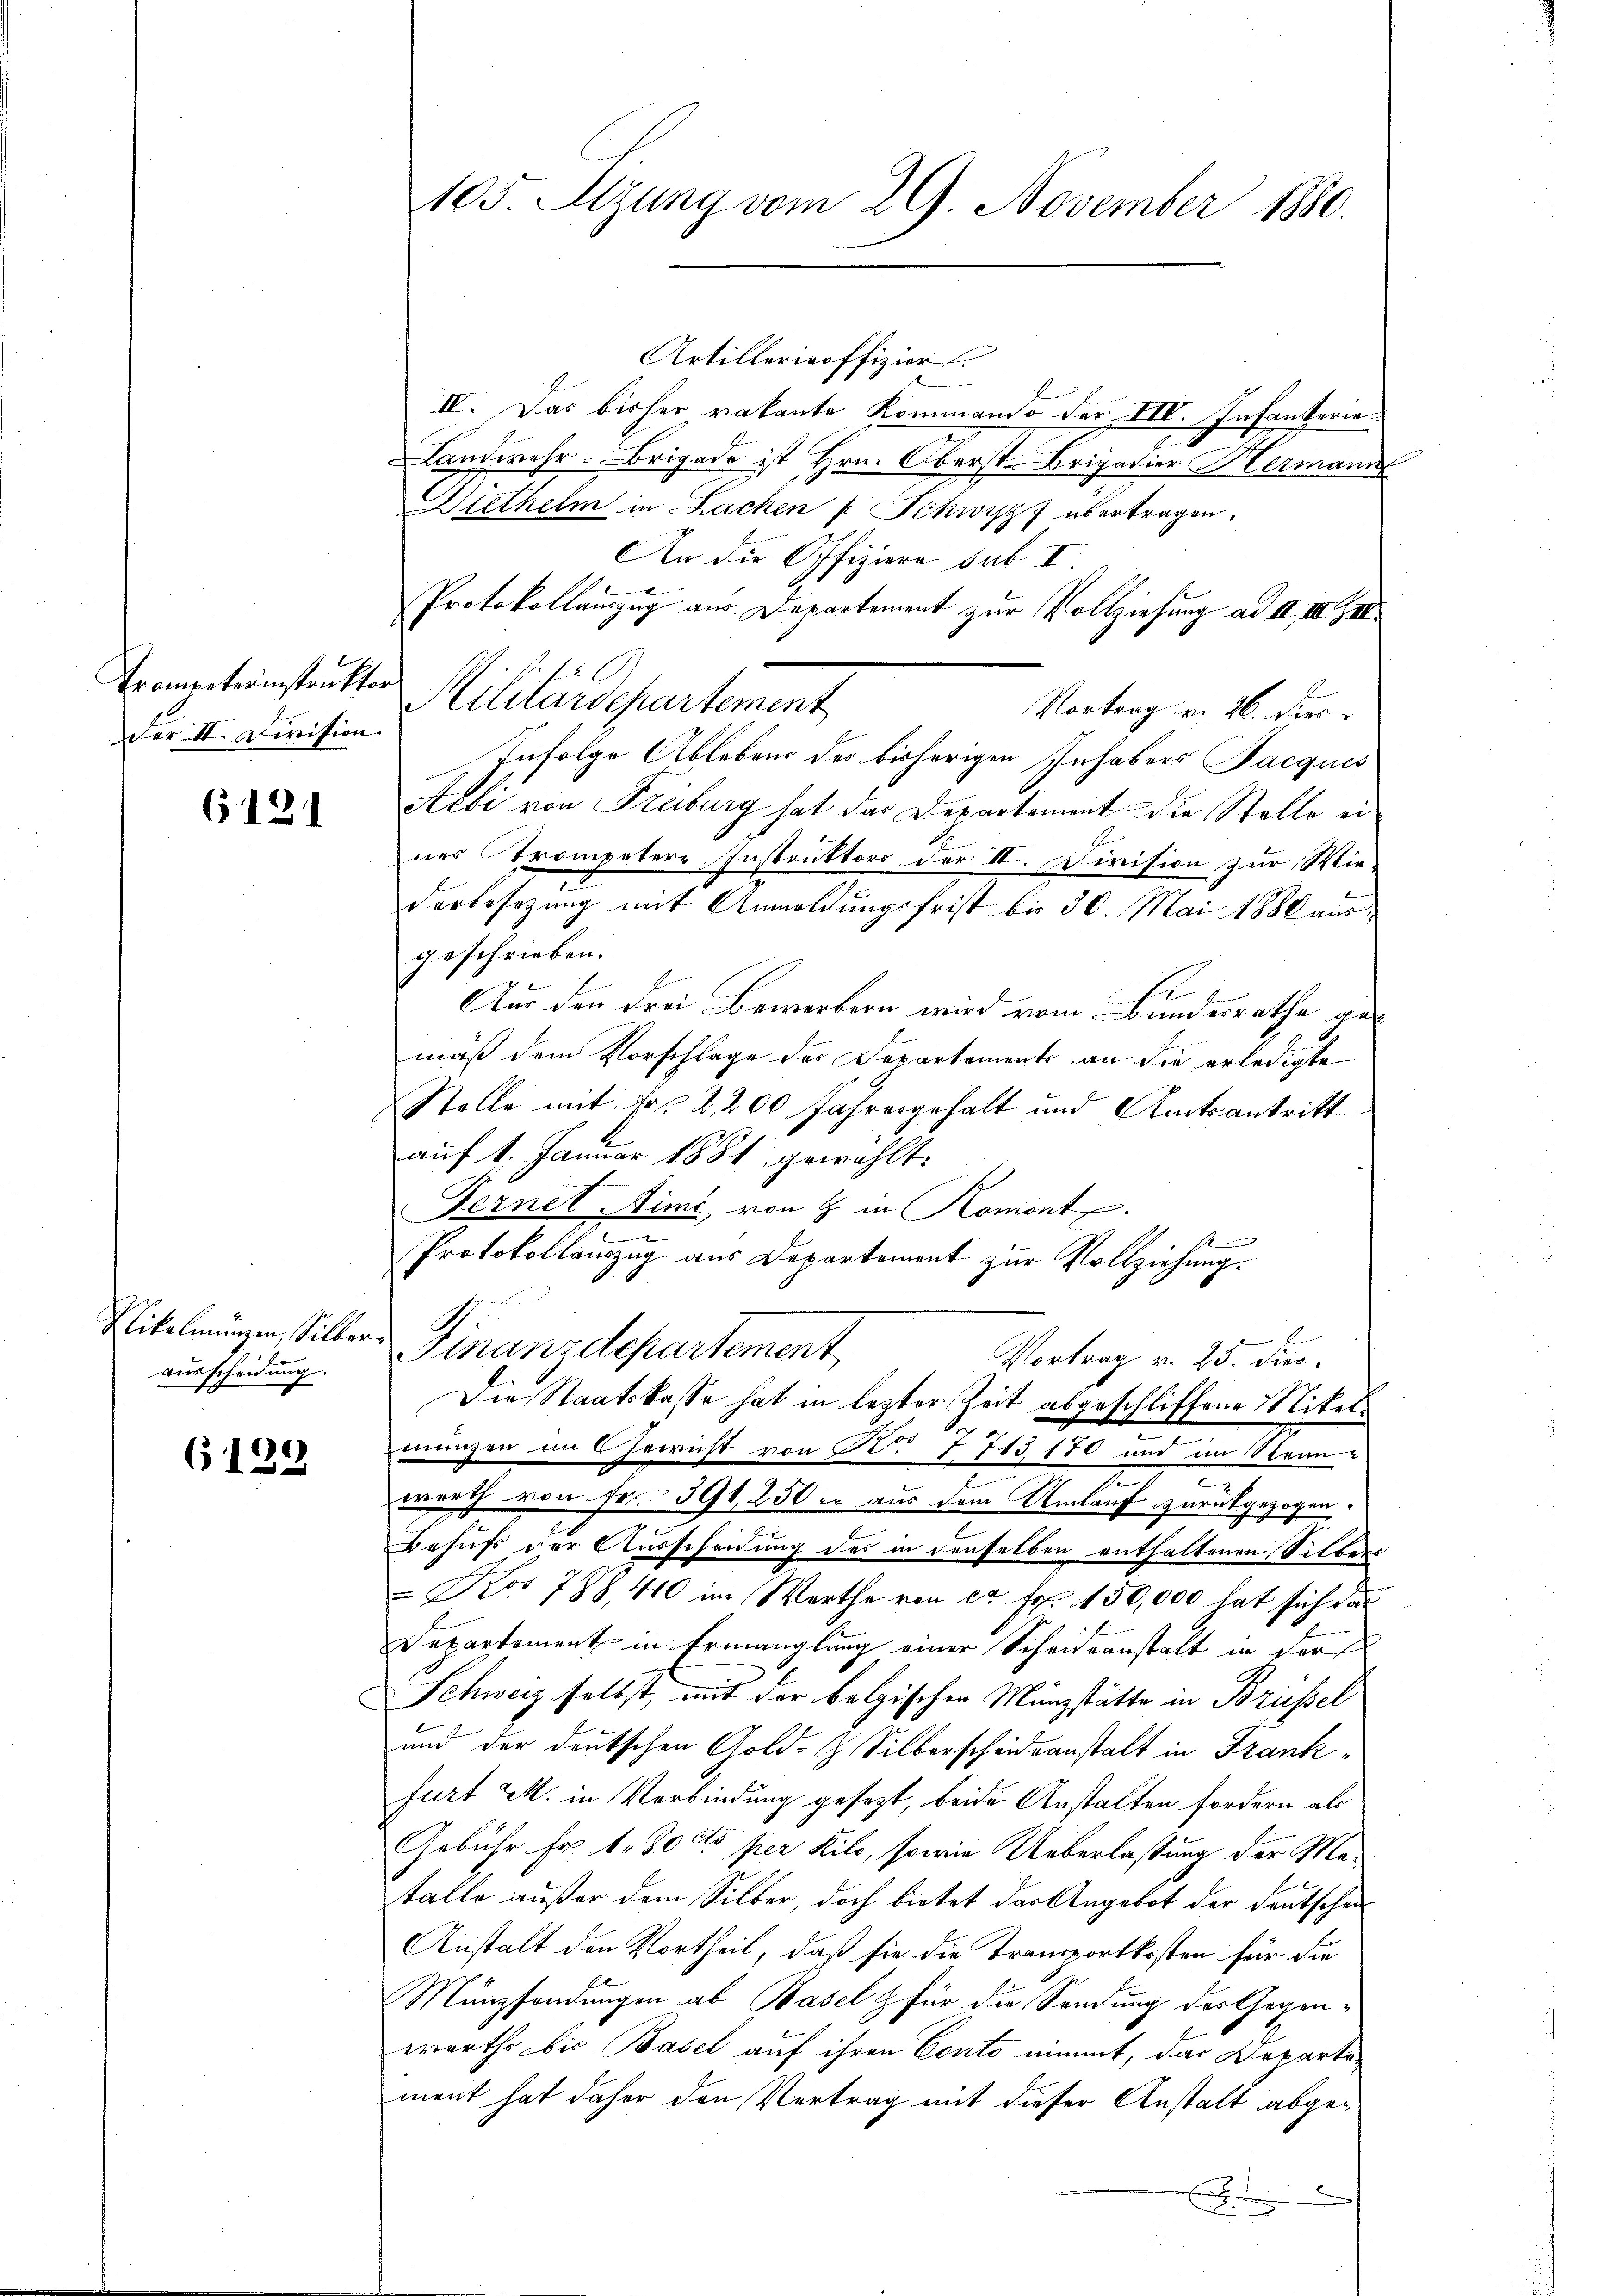
Promenterinstruktor
Der II. Division.

6121

ausscheidung.

6129

Artillerieoffizier
IV. Das bisher vakante Kommando der III. Infanterie
Landwehr-Brigade ist Hrn. Oberst-Brigadier Hermann
iethelm in Lachen f Schwyz) übertragen.
An die Offiziere sub II.
Protokollauszug aus Departement zur Vollziehung ad II. III. III.
Militärdepartement
Vortrag v. 26. dies
Infolge Ablebens des bisherigen Inhabers Jacques
Rebi von Freiburg hat das Departement die Stelle eines Trompetere Instruktors der II. Division zur Wiederbesezung mit Anmeldungsfrist bis 30. Mai 1880 ausgeschrieben.
Aus den drei Bewerbern wird vom Bundesrathe gemäß dem Vorschlage des Departements an die erledigte
Stelle mit Fr. 2,200 fahresgehalt und Amtsantritt
auf 1. Januar 1881 gewählt.
Fernet Aimé, von 8 in Koniont
¬
Protokollauszug aus Departement zur Vollziehung.
.
d
Nikolmungen, Silber Finanzdepartement
Vortrag v. 25. Dier.
Die Staatskasse hat in lezter Zeit abgeschliffene Nikelmungen im Herricht von Nr. 7713 170 und im Steine
werth von Fr. 391, 250 m aus dem Umlauf zurückgezogen.
Behufs der Ausscheidung des in denselben enthaltenen Silber
 Koo 788, 410 im Werthe von 22. Fr. 150,000 hat sich das
Departement in Ermanglung einer Scheideanstalt in der
Schweiz selbst, mit der belgischen Münzstätte in Brüssel
und der deutschen Gold- & Silberscheideanstalt in Frankfurt u. in Verbindung gesezt, beide Anstalten fordern als
Gebühr Fr. 1. Docto per Kilo, sowie Ueberlassung der Matalle außer dem Silber, doch bietet der Angebot der Deutschei
Anstalt den Vortheil, daß sie die Transportkosten für die
Münzsendungen ab Basel & für die Sendung des Gegenwerths bis Basel auf ihren Conto nimmt, das Departa
ment hat daher den Vertrag mit dieser Anstalt abge¬
E

105 Sizung vom 29. November 1880.